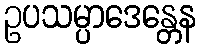
ဥပသမ္ပာဒေန္တေန